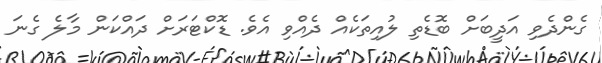
ގެންދެވި އަދީބަށް ބޮޑެތި ލުއިތަކެއް ދެއްވި އެވެ. ޑޮކްޓަރަށް ދައްކަން މާލެ ގެނަ